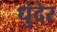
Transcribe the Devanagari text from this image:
धुंदेर